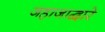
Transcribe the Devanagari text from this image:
जहाजाद्वारे